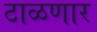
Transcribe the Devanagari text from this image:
टाळणार